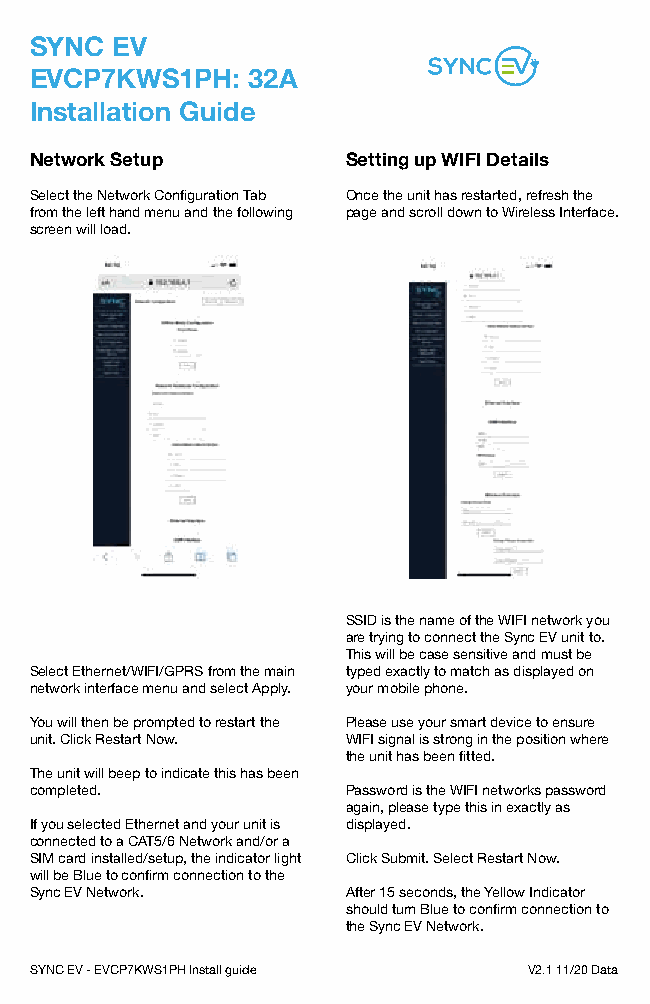
SYNC EV
 EVCP7KWS1PH:  32A
 Installation Guide
 Network Setup        Setting up WIFI Details
 Select the Network Configuration Tab Once the unit has restarted, refresh the
 from the left hand menu and the following page and scroll down to Wireless Interface.
 screen will load.
 SSID is the name of the WIFI network you
 are trying to connect the Sync EV unit to.
 This will be case sensitive and must be
 Select Ethernet/WIFI/GPRS from the main typed exactly to match as displayed on
 network interface menu and select Apply. your mobile phone.
 You will then be prompted to restart the Please use your smart device to ensure
 unit. Click Restart Now. WIFI signal is strong in the position where
 the unit has been fitted.
 The unit will beep to indicate this has been
 completed.           Password is the WIFI networks password
 again, please type this in exactly as
 If you selected Ethernet and your unit is displayed.
 connected to a CAT5/6 Network and/or a
 SIM card installed/setup, the indicator light Click Submit. Select Restart Now.
 will be Blue to confirm connection to the
 Sync EV Network.     After 15 seconds, the Yellow Indicator
 should turn Blue to confirm connection to
 the Sync EV Network.
 SYNC EV - EVCP7KWS1PH Install guide V2.1 11/20 Data